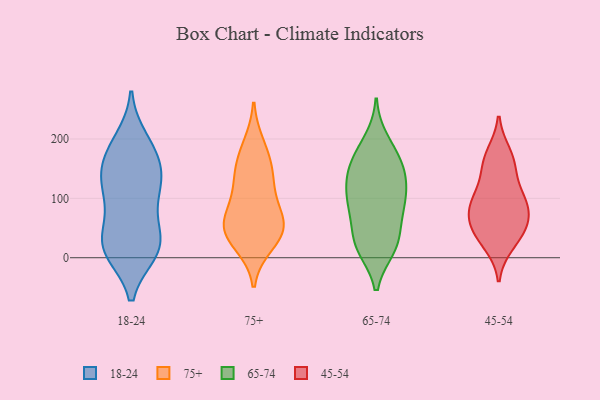
{"axis": {"x": "Website Visitors", "y": "Value"}, "legend": ["18-24", "45-54", "65-74", "75+"], "data": [{"x": "", "y": 151, "type": "18-24"}, {"x": "", "y": 85, "type": "18-24"}, {"x": "", "y": 118, "type": "18-24"}, {"x": "", "y": 105, "type": "18-24"}, {"x": "", "y": 16, "type": "18-24"}, {"x": "", "y": 142, "type": "18-24"}, {"x": "", "y": 124, "type": "18-24"}, {"x": "", "y": 13, "type": "18-24"}, {"x": "", "y": 11, "type": "18-24"}, {"x": "", "y": 10, "type": "18-24"}, {"x": "", "y": 28, "type": "18-24"}, {"x": "", "y": 198, "type": "18-24"}, {"x": "", "y": 26, "type": "18-24"}, {"x": "", "y": 53, "type": "18-24"}, {"x": "", "y": 150, "type": "18-24"}, {"x": "", "y": 182, "type": "18-24"}, {"x": "", "y": 184, "type": "18-24"}, {"x": "", "y": 61, "type": "75+"}, {"x": "", "y": 59, "type": "75+"}, {"x": "", "y": 127, "type": "75+"}, {"x": "", "y": 140, "type": "75+"}, {"x": "", "y": 188, "type": "75+"}, {"x": "", "y": 164, "type": "75+"}, {"x": "", "y": 51, "type": "75+"}, {"x": "", "y": 100, "type": "75+"}, {"x": "", "y": 38, "type": "75+"}, {"x": "", "y": 51, "type": "75+"}, {"x": "", "y": 24, "type": "75+"}, {"x": "", "y": 108, "type": "65-74"}, {"x": "", "y": 41, "type": "65-74"}, {"x": "", "y": 114, "type": "65-74"}, {"x": "", "y": 153, "type": "65-74"}, {"x": "", "y": 129, "type": "65-74"}, {"x": "", "y": 166, "type": "65-74"}, {"x": "", "y": 143, "type": "65-74"}, {"x": "", "y": 181, "type": "65-74"}, {"x": "", "y": 149, "type": "65-74"}, {"x": "", "y": 76, "type": "65-74"}, {"x": "", "y": 21, "type": "65-74"}, {"x": "", "y": 198, "type": "65-74"}, {"x": "", "y": 88, "type": "65-74"}, {"x": "", "y": 23, "type": "65-74"}, {"x": "", "y": 17, "type": "65-74"}, {"x": "", "y": 95, "type": "65-74"}, {"x": "", "y": 16, "type": "65-74"}, {"x": "", "y": 77, "type": "65-74"}, {"x": "", "y": 37, "type": "45-54"}, {"x": "", "y": 158, "type": "45-54"}, {"x": "", "y": 94, "type": "45-54"}, {"x": "", "y": 70, "type": "45-54"}, {"x": "", "y": 98, "type": "45-54"}, {"x": "", "y": 54, "type": "45-54"}, {"x": "", "y": 83, "type": "45-54"}, {"x": "", "y": 155, "type": "45-54"}, {"x": "", "y": 174, "type": "45-54"}, {"x": "", "y": 49, "type": "45-54"}, {"x": "", "y": 24, "type": "45-54"}, {"x": "", "y": 106, "type": "45-54"}]}